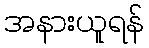
အနားယူရန်